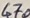
Text: 470